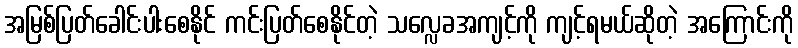
အမြစ်ပြတ်ခေါင်းပါးစေနိုင် ကင်းပြတ်စေနိုင်တဲ့ သလ္လေခအကျင့်ကို ကျင့်ရမယ်ဆိုတဲ့ အကြောင်းကို